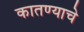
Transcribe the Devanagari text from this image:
कातण्याचे